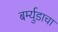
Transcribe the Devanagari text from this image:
बर्म्युडाचा